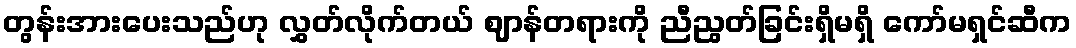
တွန်းအားပေးသည်ဟု လွှတ်လိုက်တယ် ဈာန်တရားကို ညီညွတ်ခြင်းရှိမရှိ ကော်မရှင်ဆီက